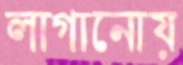
লাগানোয়